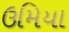
ઉમિયા